Medical and sanitary report of the native army of Madras for the year
Year: 1876
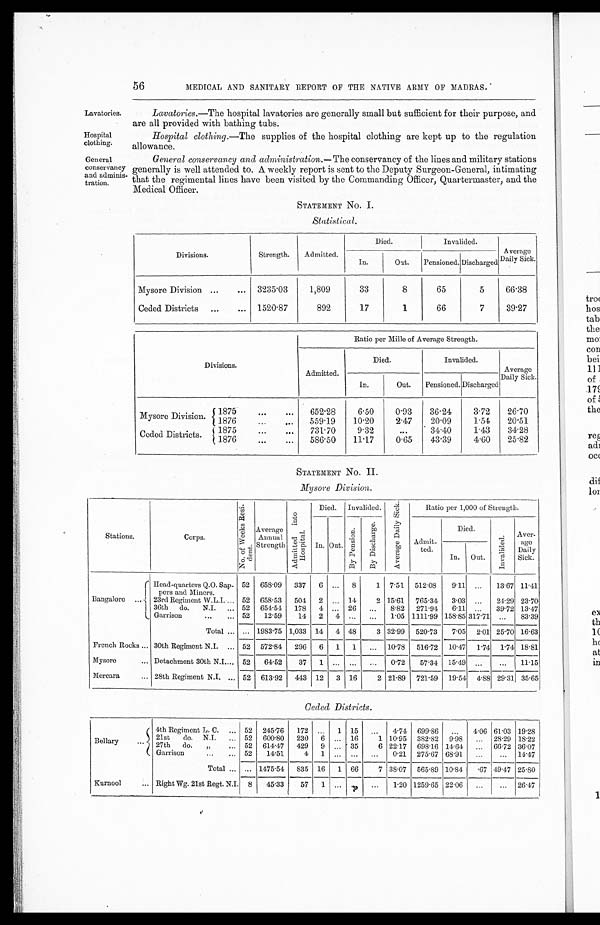
56
MEDICAL AND SANITARY REPORT OF THE NATIVE ARMY OF MADRAS.
Lavatories.
Lavatories.—The hospital lavatories are generally small but sufficient for their purpose, and
• are all provided with bathing tubs.
Hospital
Hospital clothing.—The supplies of the hospital clothing are kept up to the regulation
clothing.
allowance.
General
General conservancy and administration.— The conservancy of the lines and military stations
conservancy generally is well attended to. A weekly report is sent to the Deputy Surgeon-General, intimating
and adminis- that the regimental lines have been visited by the Commanding Officer, Quartermaster, and the
tration.
Medical Officer.
STATEMENT No. I.
Statistical.
Divisions.
Strength.
Admitted.
Died.
Invalided.
Average
Daily Sick.
In.
Out.
Pensioned. Discharged
Mysore Division ...
...
3235 . 03
1,809
33
8
65
5
66.38
Ceded Districts
...
...
1520.87
892
17
1
66
7
39.27
Divisions.
Ratio per Mille of Average Strength.
Admitted.
Died.
Invalided.
Average
Daily Sick
In.
Out.
Pensioned. Discharged
Mysore Division.
1875
...
...
652 . 28
6.50
0.93
36 . 24
3.72
26.70
{ 1876
. . .
. . .
559.19
10 . 20
2.47
20.09
1.54
20 . 51
Ceded Districts.
1875
. . .
731 . 70
9.32
...
34.40
1.43
34.28
1876
... ...
586 . 50
11 . 17
0.65
43 . 39
4.60
25.82
STATEMENT No.II.
Mysore Division.
Stations.
Corps.
N o o f We e k s R e s i d e n t .
Average
Annual
Strength
A d m i t t e d i n t o H o s p i t a l .
Died.
Invalided.
A v e r a g e D i a l y S i c k .
Ratio per 1,000 of Strength.
In. Out.
B y P e n s i o n .
B y D i s c h a r g e .
A dmit-
ted.
Died.
I n v a l i d e d .
Aver-
age
Sick.
In.
Out.
(
Bangalore
...
Head-quarters Q.O. Sap-
pers and Miners.
52
658 . 09
337
6
...
8
1
7 . 51
512 . 08
9.11
...
13.67 11.41
23rd Regiment W.L.I. ... 52
658 . 53
504
2
...
14
2 15 . 61
765 . 34
3 . 03
...
24.29 23.70
36th
do.
N.I.
... 52
654 . 54
178
4 ...
26
...
8.82
271 . 94
6 . 11
.,.
39.72 13.47
Garrison
...
... 52
12 . 59
14
2
4 ...
...
1 . 05 1111 . 99 158.85 317.71
...
83.39
Total ... ... 1983 . 75 1,033 14
4 48
3 32.99
520.73
7 . 0 5 2 . 01 25.70
1 6 . 6 3
French Rocks ... 30th Regiment N.I.
... 52
572. 84
296
6
1
1
...
10 . 78
516.72
10 . 47
1.74
1.74 18.81
Mysore
... Detachment 30th N.I.- 52
64.52
37
1
...
...
...
0 . 72
57.34
15 . 49
..,
...
11.15
Mercara
... 28th Regiment N.I. ... 52
6 1 3 . 9 2
443 12
3 16
2 21 . 89
721 . 59
19 . 54
4 . 88
2 9 . 3 1 35.65
Ceded Districts.
Bellary
...
4th Regiment L. C.
... 52
245.76
172
...
1 15
...
4.74 699 . 86
...
4.06 61 . 03 19.28
21st
do.
N.I.
... 52
600 . 80
230
. 6
. . . 16
1 10 . 95
382 . 82
9.98
...
28 . 29 18.22
27th
do.
„
... 52
614. 47
429
9
...
35
6 22. 17
698 . 16 14. 64
...
66 . 72 36.07
Garrison
..
... 52
14. 51
4
1
. . .
...
...
0.21
275 . 67 68 . 91
...
...
14.47
Total ... ... 1475 . 54
835 16
1 66
7 38 . 07 565.89 10 . 84
.67 49 . 47 25.80
Kurnool
... Right Wg. 21st Regt. N.I.
8
45 . 33
57
1
...
...
1 . 20 1259 . 65 22.06
...
...
26.47